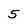
Character: 5